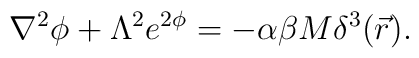
\nabla^2\phi+\Lambda^2e^{2\phi}=-\alpha\beta M\delta^3(\vec{r}) .